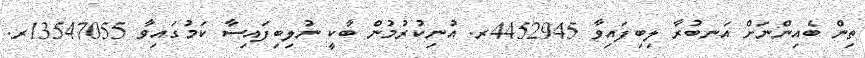
ތިން ބެއިންނަށް އަނބުރާ ލިބިފައިވާ 4452945ރ. އުނިކުރުމުން ބާކީ ނުލިބިފައިސާ ކަމުގައިވާ 13547055ރ.